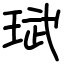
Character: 珷